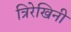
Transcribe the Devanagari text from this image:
त्रिरेखिनी